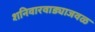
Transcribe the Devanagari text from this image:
शनिवारवाड्याजवळ